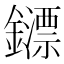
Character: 𨮶